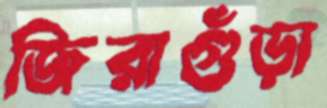
জিরাগুঁড়া